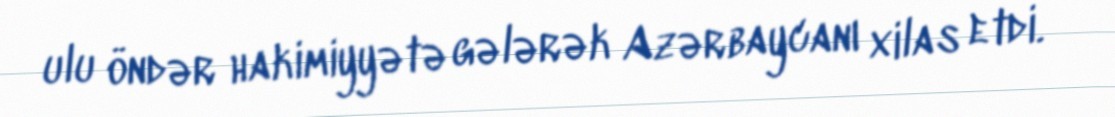
ulu öndər hakimiyyətə gələrək Azərbaycanı xilas etdi.